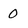
Character: 0